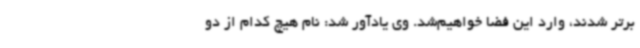
برتر شدند، وارد این فضا خواهیم‌شد. وی یادآور شد: نام هیچ کدام از دو